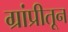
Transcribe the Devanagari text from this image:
ग्रांप्रीतून